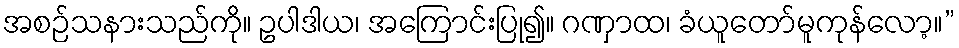
အစဉ်သနားသည်ကို။ ဥပါဒါယ၊ အကြောင်းပြု၍။ ဂဏှာထ၊ ခံယူတော်မူကုန်လော့။”